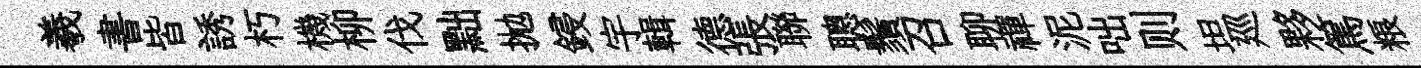
羲書皆誘朽機柳伐黜拋鋟宇輯德張聯聰鬚召聊禪泥咄则坦廵夥篤粮